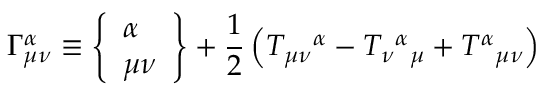
\Gamma _ { \mu \nu } ^ { \alpha } \equiv \left\{ \begin{array} { l } { { \alpha } } \\ { { \mu \nu } } \end{array} \right\} + { \frac { 1 } { 2 } } \left( T _ { \mu \nu } { } ^ { \alpha } - T _ { \nu } { } ^ { \alpha } { } _ { \mu } + T ^ { \alpha } { } _ { \mu \nu } \right)